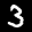
Label: 3